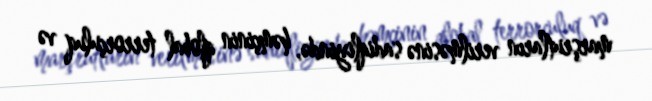
marşrutların verilməsinə sadiqliyində, həmçinin qlobal terrorçuluq və